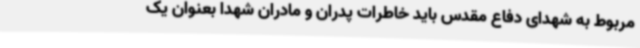
مربوط به شهدای دفاع مقدس باید خاطرات پدران و مادران شهدا بعنوان یک